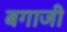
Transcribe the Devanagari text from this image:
बगाजी